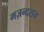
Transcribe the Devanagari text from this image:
मज़न्दरान